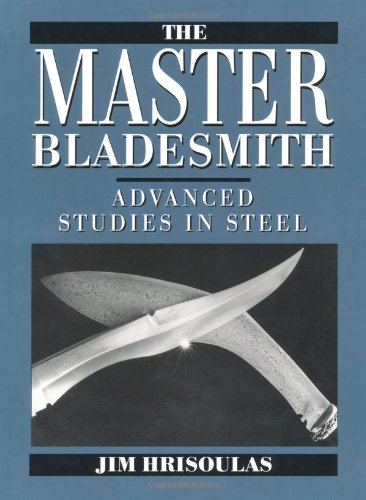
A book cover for The Master Bladesmith: Advanced Studies In Steel; Jim Hrisoulas; Crafts, Hobbies & Home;